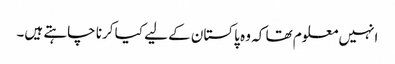
انہیں معلوم تھا کہ وہ پاکستان کے لیے کیا کرنا چاہتے ہیں۔